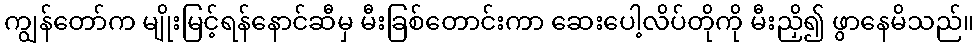
ကျွန်တော်က မျိုးမြင့်ရန်နောင်ဆီမှ မီးခြစ်တောင်းကာ ဆေးပေါ့လိပ်တိုကို မီးညှိ၍ ဖွာနေမိသည်။